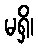
မရှိ၊